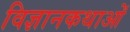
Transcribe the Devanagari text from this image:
विज्ञानकथाओं